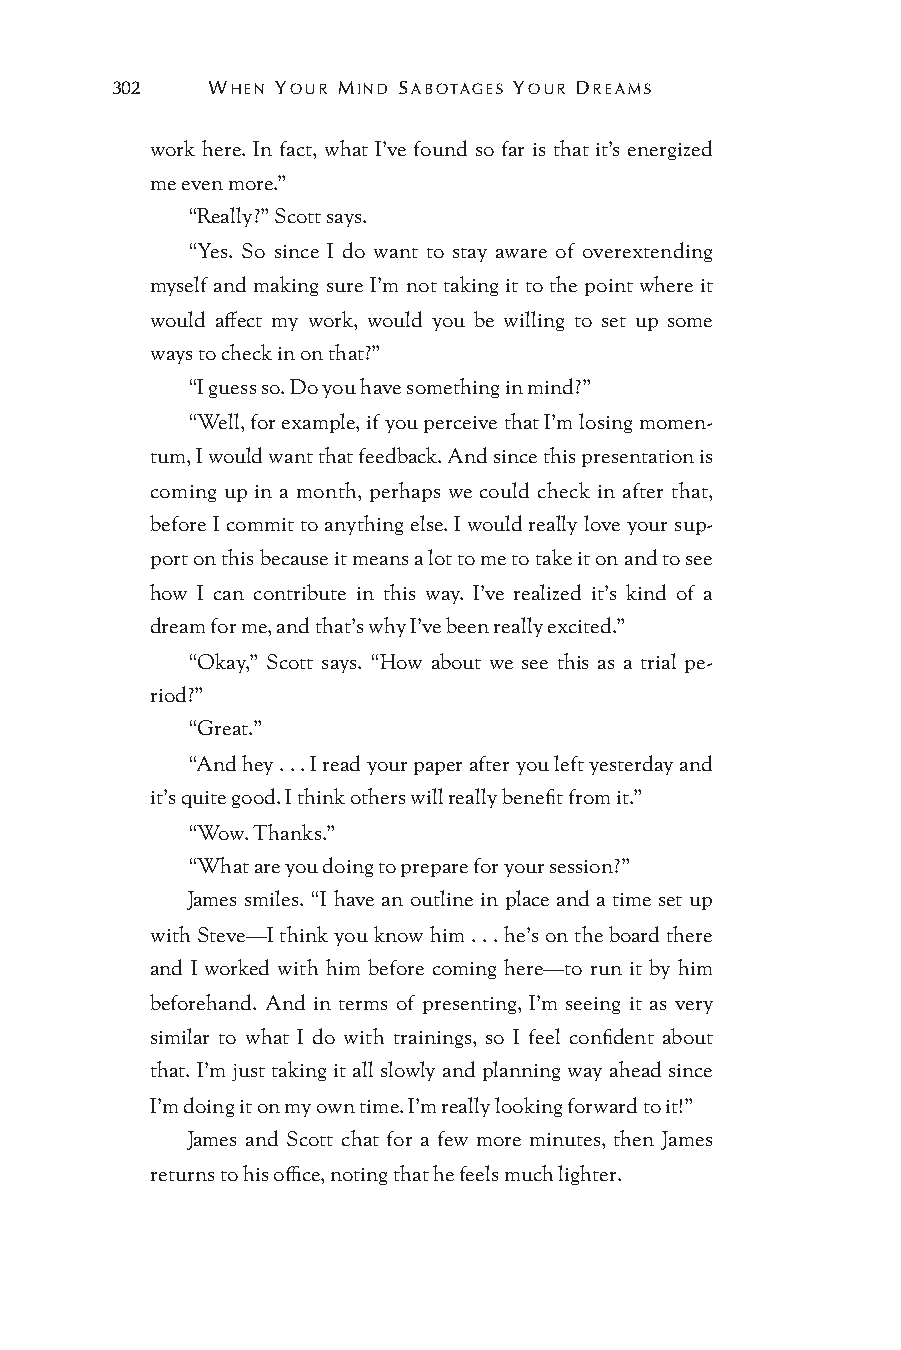
302    WHEN YOUR MIND SABOTAGES YOUR DREAMS
 work here. In fact, what I’ve found so far is that it’s energized
 me even more.”
 “Really?” Scott says.
 “Yes. So since I do want to stay aware of overextending
 myself and making sure I’m not taking it to the point where it
 would affect my work, would you be willing to set up some
 ways to check in on that?”
 “I guess so. Do you have something in mind?”
 “Well, for example, if you perceive that I’m losing momen-
 tum, I would want that feedback. And since this presentation is
 coming up in a month, perhaps we could check in after that,
 before I commit to anything else. I would really love your sup-
 port on this because it means a lot to me to take it on and to see
 how I can contribute in this way. I’ve realized it’s kind of a
 dream for me, and that’s why I’ve been really excited.”
 “Okay,” Scott says. “How about we see this as a trial pe-
 riod?”
 “Great.”
 “And hey . . . I read your paper after you left yesterday and
 it’s quite good. I think others will really benefit from it.”
 “Wow. Thanks.”
 “What are you doing to prepare for your session?”
 James smiles. “I have an outline in place and a time set up
 with Steve—I think you know him . . . he’s on the board there
 and I worked with him before coming here—to run it by him
 beforehand. And in terms of presenting, I’m seeing it as very
 similar to what I do with trainings, so I feel confident about
 that. I’m just taking it all slowly and planning way ahead since
 I’m doing it on my own time. I’m really looking forward to it!”
 James and Scott chat for a few more minutes, then James
 returns to his office, noting that he feels much lighter.